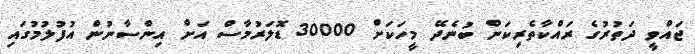
ޖައްވީ ދަތުރުގެ ރައްކާތެރިކަން ބުނެދޭ މީހަކަށް 30000 ޑޮލަރުމާސް އަށް އިންސާނުން އުފުލުމުގައި